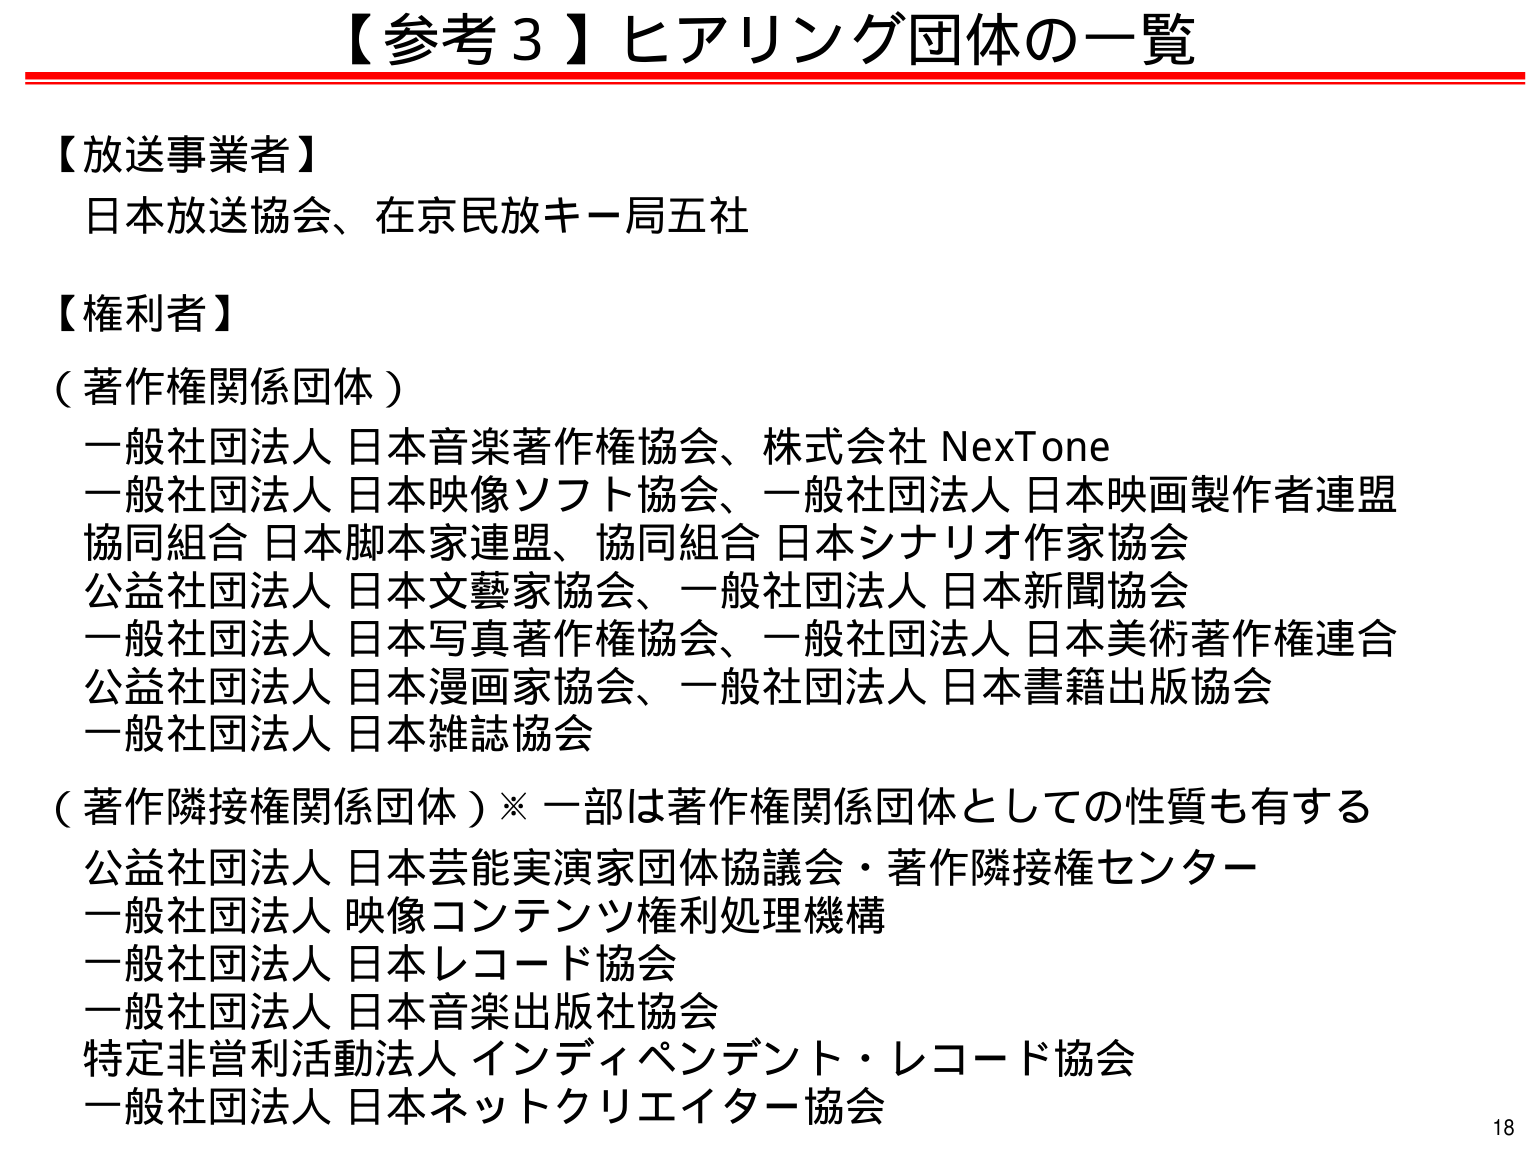
【参考３】ヒアリング団体の一覧

【放送事業者】
日本放送協会、在京民放キー局五社

【権利者】
（著作権関係団体）
一般社団法人 日本音楽著作権協会、株式会社 NexTone
一般社団法人 日本映像ソフト協会、一般社団法人 日本映画製作者連盟
協同組合 日本脚本家連盟、協同組合 日本シナリオ作家協会
公益社団法人 日本文藝家協会、一般社団法人 日本新聞協会
一般社団法人 日本写真著作権協会、一般社団法人 日本美術著作権連合
公益社団法人 日本漫画家協会、一般社団法人 日本書籍出版協会
一般社団法人 日本雑誌協会

（著作隣接権関係団体）※一部は著作権関係団体としての性質も有する
公益社団法人 日本芸能実演家団体協議会・著作隣接権センター
一般社団法人 映像コンテンツ権利処理機構
一般社団法人 日本レコード協会
一般社団法人 日本音楽出版社協会
特定非営利活動法人 インディペンデント・レコード協会
一般社団法人 日本ネットクリエイター協会

18